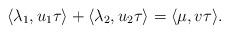
LaTeX: \begin{align*} \langle\lambda_1,u_1\tau\rangle+\langle\lambda_2,u_2\tau\rangle=\langle\mu,v\tau\rangle.\end{align*}